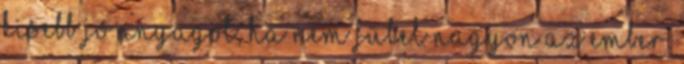
kisebb jó anyagot, ha nem fülel nagyon az ember.